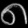
Digit: ၈